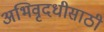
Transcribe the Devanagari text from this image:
अभिवृदधीसाठी